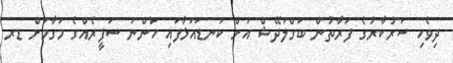
ދިވެހި ސަރުކާރުގެ ފަރާތުން ބަގްލަދޭޝް އަށް ކަނޑައަޅާފައި ހުންނަ ސަފީރެއްގެ މަގާމަށް ޑރ